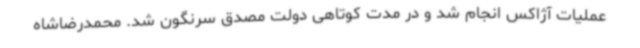
عملیات آژاکس انجام شد و در مدت کوتاهی دولت مصدق سرنگون شد. محمدرضاشاه